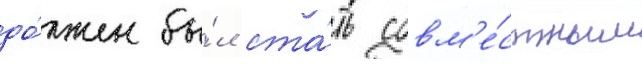
до́лжен бы́л ста́ть совм'е́стным